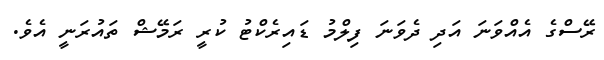
ރޭސްގެ އެއްވަނަ އަދި ދެވަނަ ފިލްމު ޑައިރެކްޓު ކުރީ ރަމޭޝް ތައުރަނީ އެވެ.